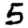
Digit: 5